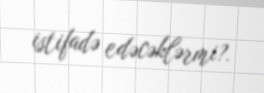
istifadə edəcəklərmi?.